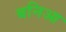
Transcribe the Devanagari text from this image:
बनिआ